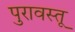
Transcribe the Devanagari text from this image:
पुरावस्तू